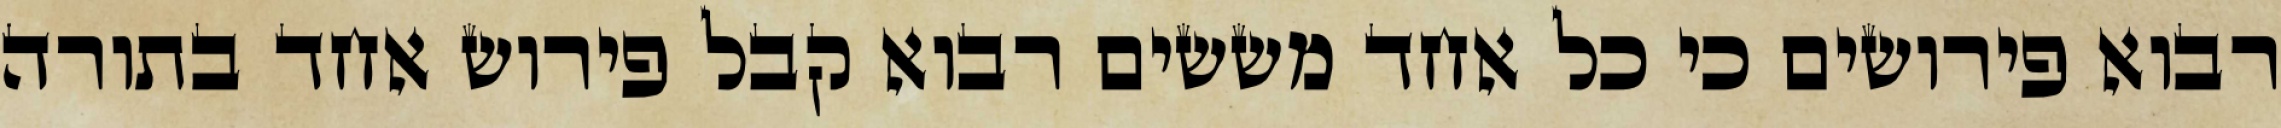
רבוא פירושים כי כל אחד מששים רבוא קבל פירוש אחד בתורה